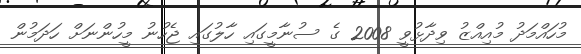
މުހައްމަދު މުއިއްޒު ވިދާޅުވީ 2008 ގެ ސުނާމީގައި ހާލުގައި ޖެހުނު މީހުންނަށް ހަދަމުން